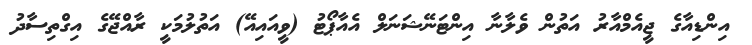
އިންޑިއާގެ ޖީއެމްއާރު އަތުން ވެލާނާ އިންޓަނޭޝަނަލް އެއާޕޯޓު (ވީއައިއޭ) އަތުލުމަކީ ރާއްޖޭގެ އިގްތިސާދު